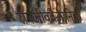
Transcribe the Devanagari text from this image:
रोगजीववैज्ञानिक